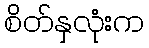
စိတ်နှလုံးက